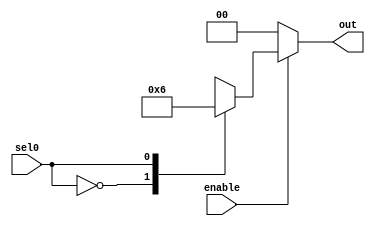
module decoder_1to2 (
    output reg [1:0]out, input sel0, enable
);

always @(*) begin
    if (enable == 0)
    out = 2'b0;
    else
    begin
        case (sel0)
            1'b0: out = 2'b01;
            1'b1: out = 2'b10;
        endcase
    end
end
    
endmodule


module decoder_2to4 (output [3:0]out, input [1:0]sel, input enable);

wire [1:0]o;

decoder_1to2 d0(o,sel[1],enable);
decoder_1to2 d1(out[1:0],sel[0],o[0]);
decoder_1to2 d2(out[3:2],sel[0],o[1]);

endmodule

module decoder_3to8 (
    output [7:0]out, input [2:0]sel, input enable
);
    wire [1:0]o;
    // decoder_1to2 d0(o,sel[2],enable);

    wire [1:0]temp; // needed to make assignment continuous for the output in case of 2to4 decoder

    decoder_2to4 d0({temp,o},{1'b0,sel[2]},enable);
    decoder_2to4 d1(out[3:0],sel[1:0],o[0]);
    decoder_2to4 d2(out[7:4],sel[1:0],o[1]);

endmodule


module decoder_4to16 (
    output [15:0]out, input [3:0]sel, input enable
);
    wire [3:0]o;

decoder_2to4 d0(o,sel[3:2],enable);
decoder_2to4 d1(out[3:0],sel[1:0],o[0]);
decoder_2to4 d2(out[7:4],sel[1:0],o[1]);
decoder_2to4 d3(out[11:8],sel[1:0],o[2]);
decoder_2to4 d4(out[15:12],sel[1:0],o[3]);

endmodule